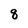
Character: 8